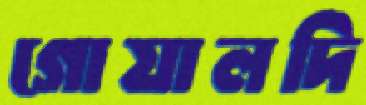
গোয়ালদি